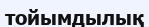
тойымдылық